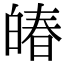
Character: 㿤